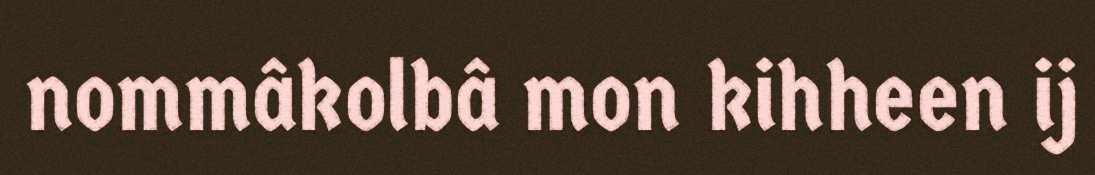
nommâkolbâ mon kihheen ij